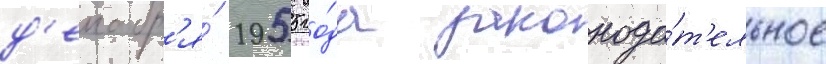
д'екабр'я́ 1955 го́да законода́т'ельное